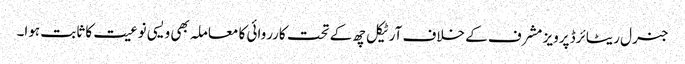
جنرل ریٹائرڈ پرویز مشرف کے خلاف آرٹیکل چھ کے تحت کارروائی کا معاملہ بھی ویسی نوعیت کا ثابت ہوا۔